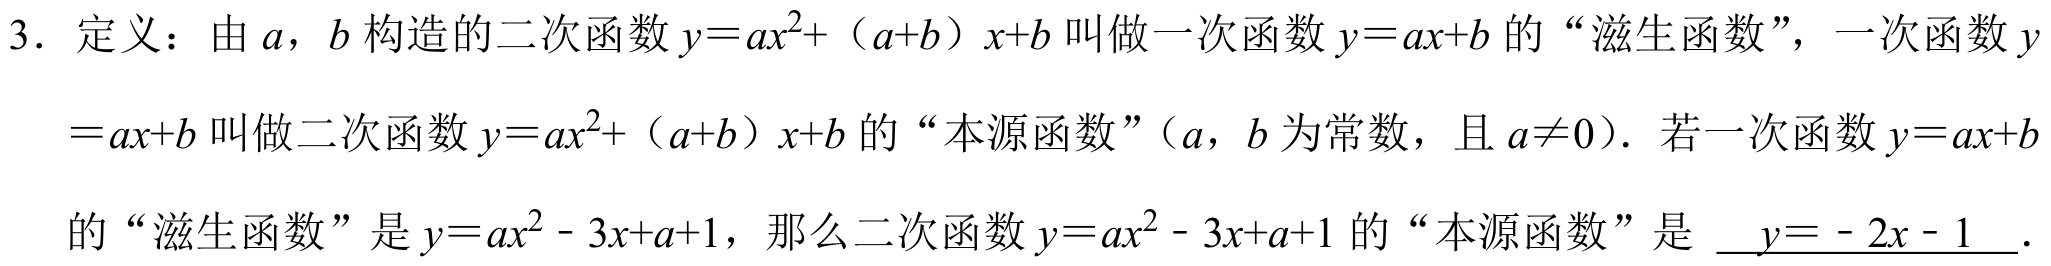
3. 定义：由\(a\)，\(b\)构造的二次函数\(y = ax^{2}+（a + b）x + b\)叫做一次函数\(y = ax + b\)的“滋生函数”，一次函数\(y\)
\(= ax + b\)叫做二次函数\(y = ax^{2}+（a + b）x + b\)的“本源函数”（\(a\)，\(b\)为常数，且\(a\neq0\)）．若一次函数\(y = ax + b\)
的“滋生函数”是\(y = ax^{2}- 3x + a + 1\)，那么二次函数\(y = ax^{2}- 3x + a + 1\)的“本源函数”是 \(\underline{y = - 2x - 1}\)．